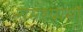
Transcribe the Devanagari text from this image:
रामश्यामौ